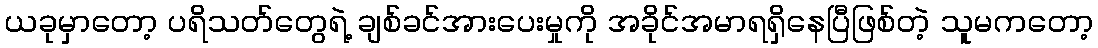
ယခုမှာတော့ ပရိသတ်တွေရဲ့ ချစ်ခင်အားပေးမှုကို အခိုင်အမာရရှိနေပြီဖြစ်တဲ့ သူမကတော့